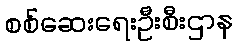
စစ်ဆေးရေးဦးစီးဌာန